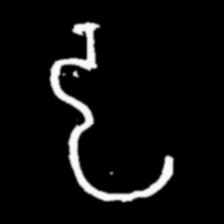
Pyu character \u2014 Myanmar letter: ဠ (romanized: lla)